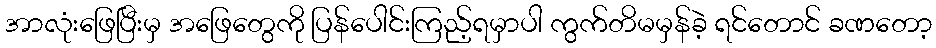
အာလုံးဖြေပြီးမှ အဖြေတွေကို ပြန်ပေါင်းကြည့်ရမှာပါ ကွက်တိမမှန်ခဲ့ ရင်တောင် ခဏတော့